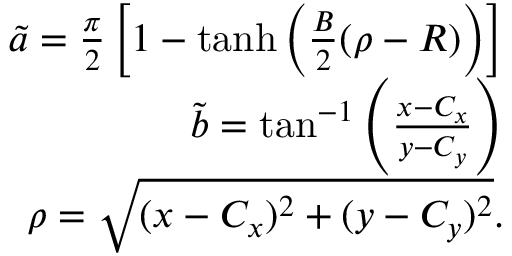
\begin{array} { r l r } & { } & { \tilde { a } = \frac { \pi } { 2 } \left[ 1 - \operatorname { t a n h } \left( \frac { B } { 2 } ( \rho - R ) \right) \right] } \\ & { } & { \tilde { b } = \tan ^ { - 1 } \left( \frac { x - C _ { x } } { y - C _ { y } } \right) } \\ & { } & { \rho = \sqrt { ( x - C _ { x } ) ^ { 2 } + ( y - C _ { y } ) ^ { 2 } } . } \end{array}